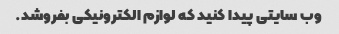
وب سایتی پیدا کنید که لوازم الکترونیکی بفروشد.